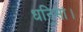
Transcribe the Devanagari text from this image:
धनि॒सां।